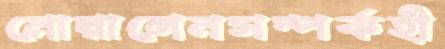
নোয়ালেনসম্পর্কহী